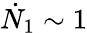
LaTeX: \dot{N}_{1}\sim 1